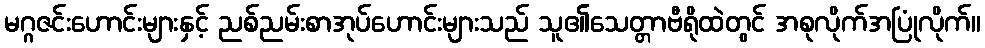
မဂ္ဂဇင်းဟောင်းများနှင့် ညစ်ညမ်းစာအုပ်ဟောင်းများသည် သူ၏သေတ္တာဗီရိုထဲတွင် အစုလိုက်အပြုံလိုက်။